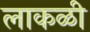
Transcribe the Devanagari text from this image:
लाकळी